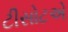
ટીસોટએ